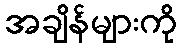
အချိန်များကို